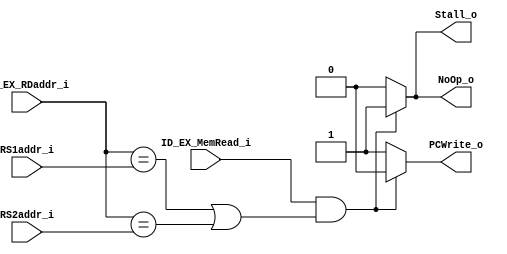
module Hazard_Detection_Unit(
    RS1addr_i,
    RS2addr_i,
    ID_EX_MemRead_i,
    ID_EX_RDaddr_i,
    NoOp_o,
    Stall_o,
    PCWrite_o
);

// ports
input  [4:0] RS1addr_i, RS2addr_i, ID_EX_RDaddr_i;
input        ID_EX_MemRead_i;
output       NoOp_o, Stall_o, PCWrite_o; 

// wires and registers
reg NoOp_o, Stall_o, PCWrite_o;

always @ (RS1addr_i or RS2addr_i or ID_EX_RDaddr_i or ID_EX_MemRead_i) begin
    // load-use data hazard
    if (ID_EX_MemRead_i == 1'b1 && (ID_EX_RDaddr_i == RS1addr_i || ID_EX_RDaddr_i == RS2addr_i)) 
        begin
            NoOp_o    <= 1'b1;
            Stall_o   <= 1'b1;
            PCWrite_o <= 1'b0;
        end        
    else begin
            PCWrite_o <= 1'b1;
            NoOp_o    <= 1'b0;
            Stall_o   <= 1'b0;
    end 
       
end

endmodule